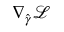
\nabla _ { \boldsymbol { \hat { \gamma } } } \mathcal { L }